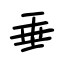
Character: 垂